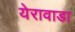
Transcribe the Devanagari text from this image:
येरावाडा